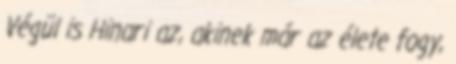
Végül is Hinari az, akinek már az élete fogy,